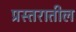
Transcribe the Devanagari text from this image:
प्रस्तरातील